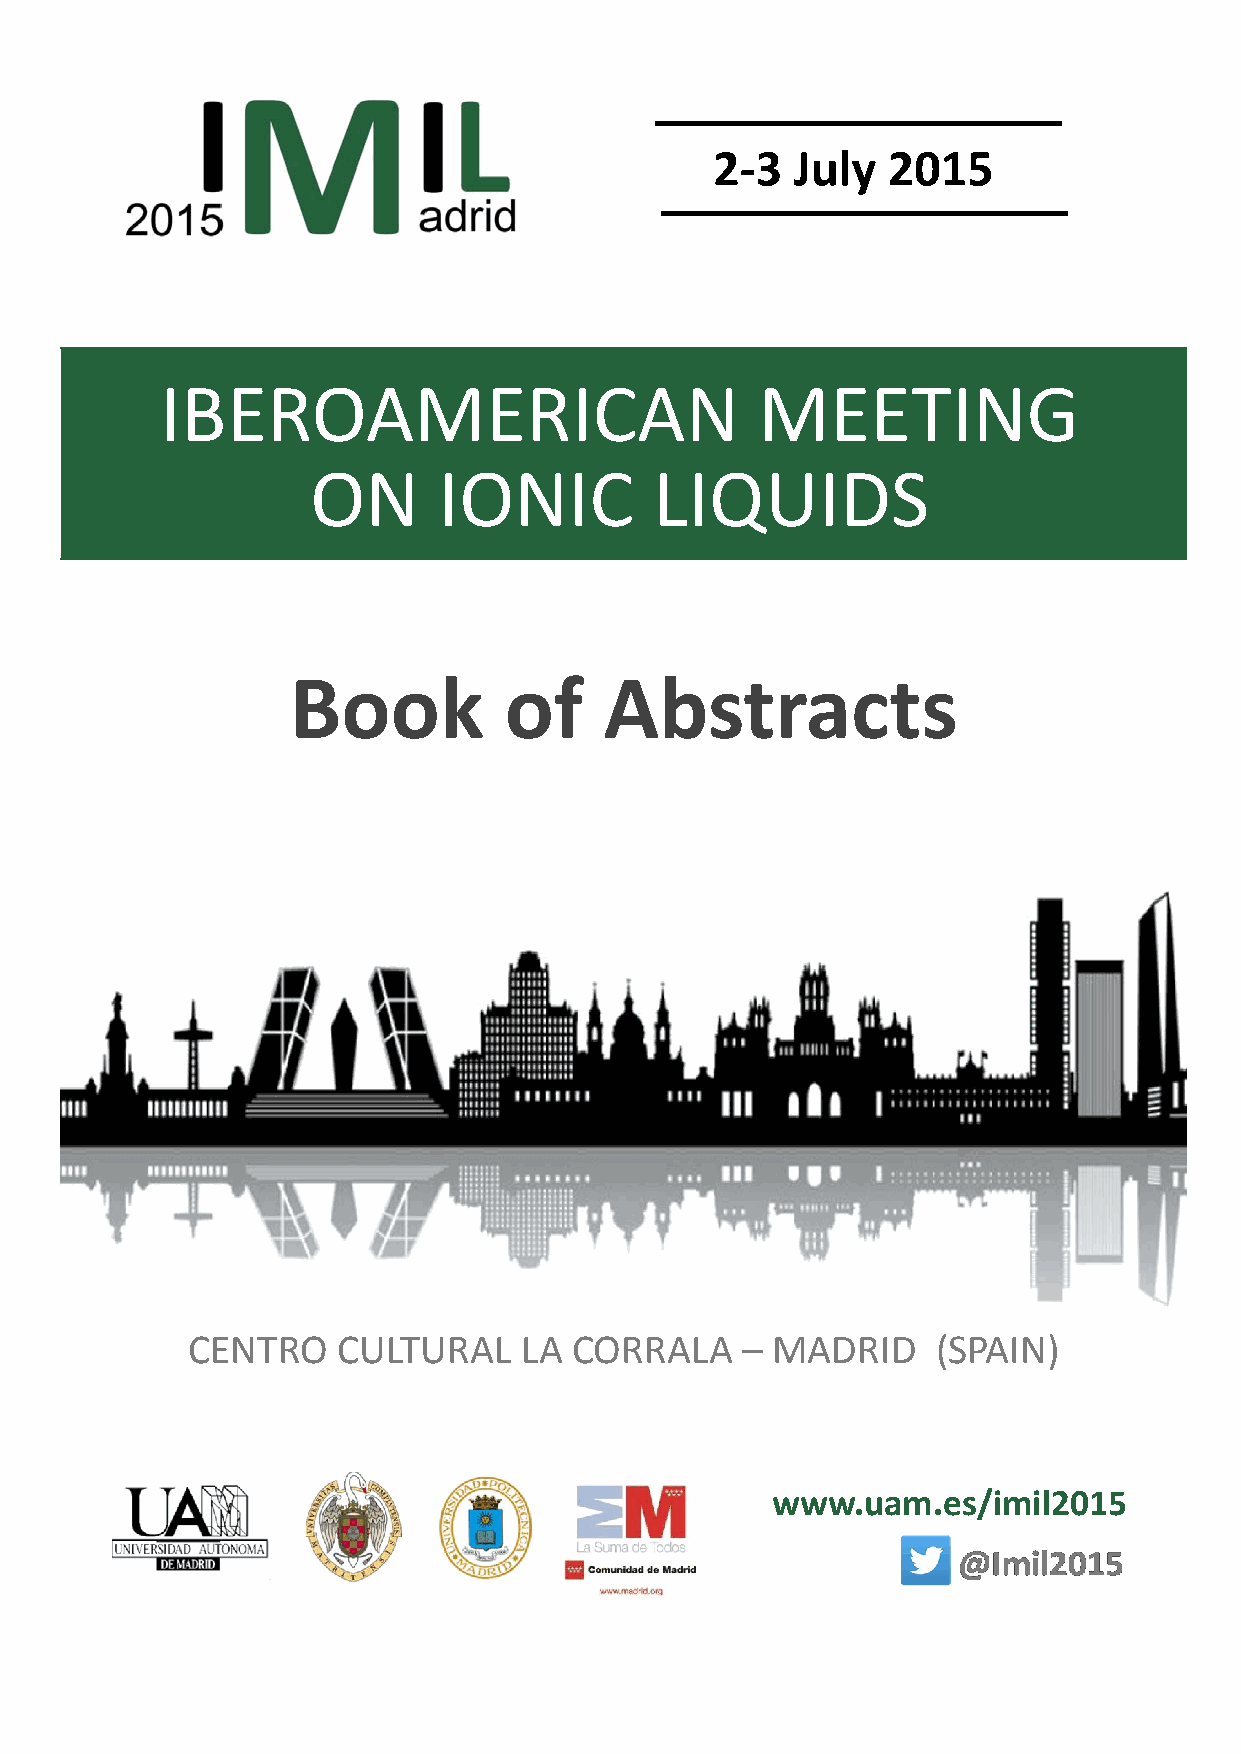
2‐3   July  2015
 IBEROAMERICAN                          MEETING
 ON      IONIC         LIQUIDS
 Book          of     Abstracts
 CENTRO    CULTURAL    LA  CORRALA    – MADRID     (SPAIN)
 www.uam.es/imil2015